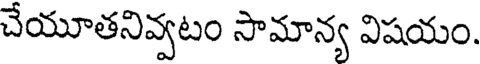
చేయూతనివ్వటం సామాన్య విషయం.